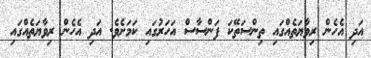
އަދި އެހެން ރިވާޔަތެއްގައި ތިންސަތޭކަ ފަންސާސް އަހަރުގައި ކަމަށެވެ. އަދި އެހެން ރިވާޔަތެއްގައި